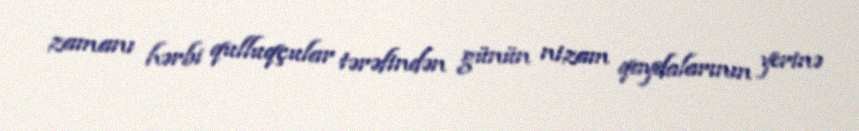
zamanı hərbi qulluqçular tərəfindən günün nizam qaydalarının yerinə